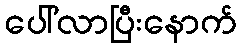
ပေါ်လာပြီးနောက်